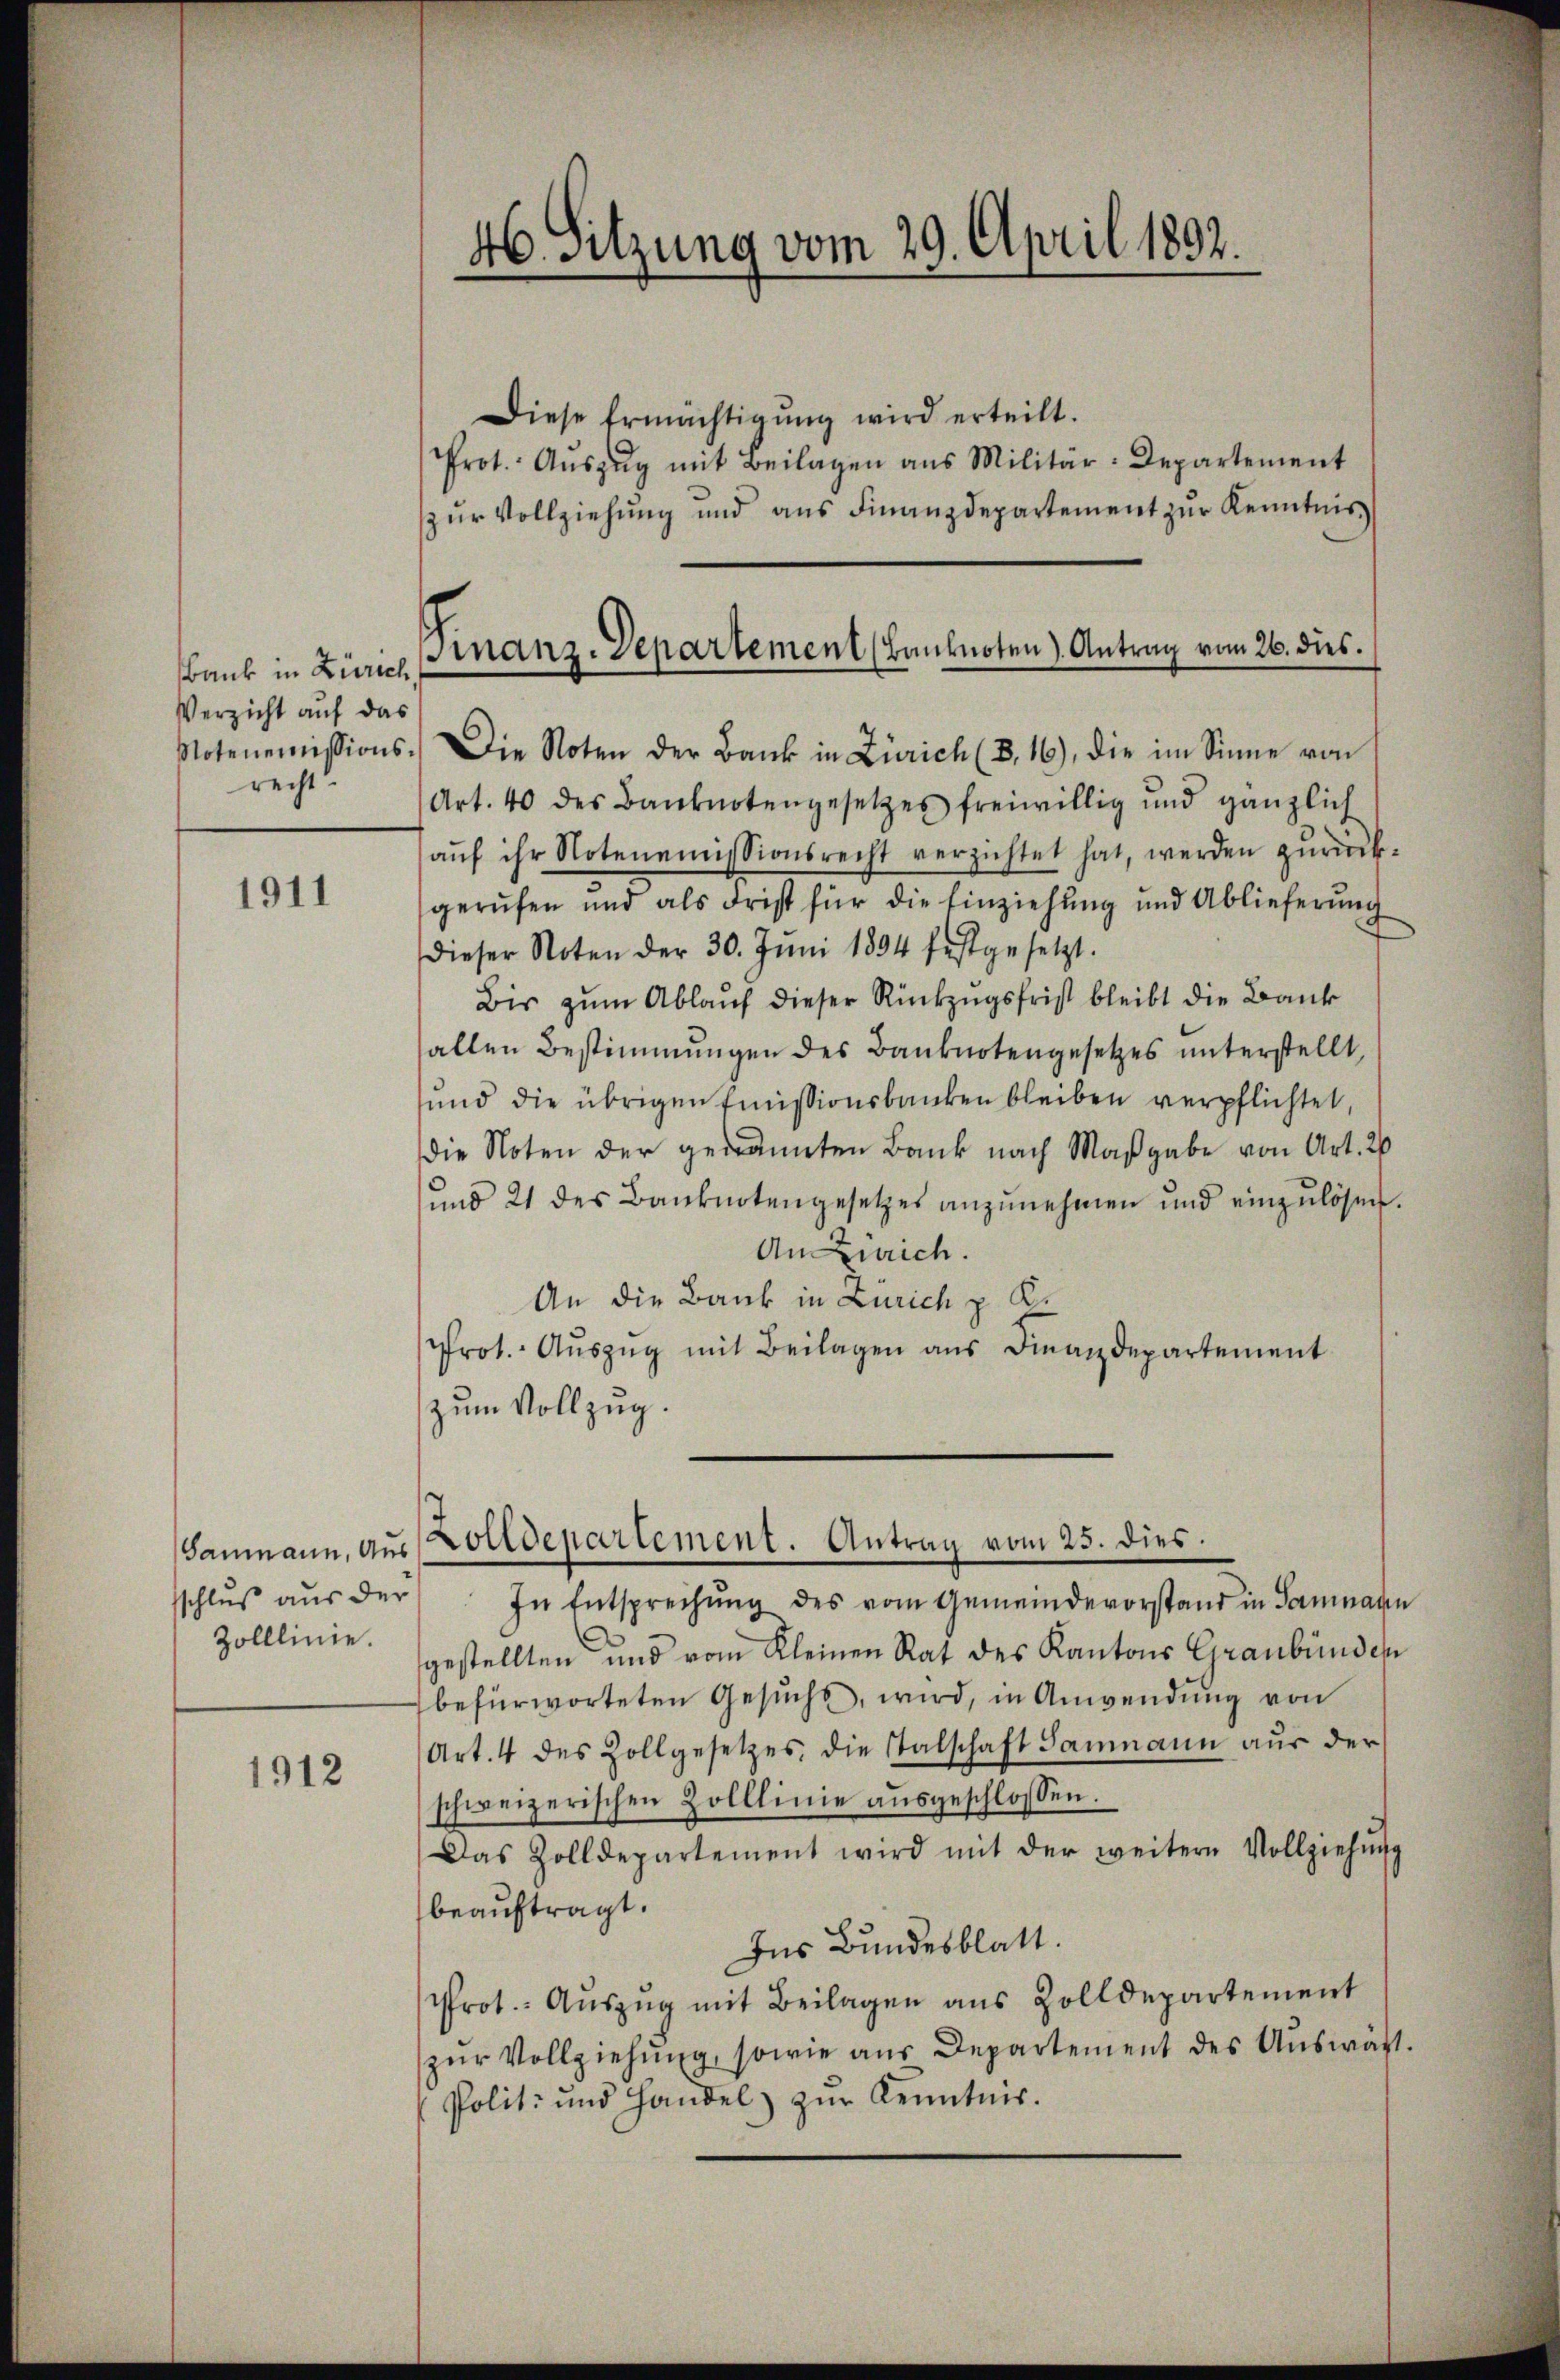
Bank in Zürich
Verzicht auf das
Notenemissionsrecht

1911

Saumann, Aus
sschluß aus der
Zolllinie.

1912

46. Sitzung vom 29. April 1892.

Diese Ermächtigŭng wird erteilt.
Prot. Aŭszŭg mit Beilagen ans Militär-Departement
zŭr Vollziehŭng und ans Finanzdepartement zŭr Kenntnis
Die Noten der Bank in Zürich (B.16), die im Sinne von
Art. 40 des Banknotengesetzes freiwillig und gänzlich
aŭf ihr Notenemissionsrecht verzichtet hat werden zŭrück-
gerufen und als Frist für die Einziehung und Ablieferung
Dieser Noten der 30. Jŭni 1894 festgesetzt.
Bis zum Ablauf dieser Rückzugsfrist bleibt die Bank
allen Bestimmungen des Banknotengesetzes unterstellt,
und die übrigen Emissionsbanken bleiben verpflichtet,
die Noten der genannten Bank nach Maßgabe von Art. 20
und 21 des Banknotengesetzes anzŭnehmen und einzulösen.
An Zürich.
An die Bank in Zürich z. K.
Prot. Aŭszŭg mit Beilagen ans Finanzdepartement
zum Vollzug.
Zolldepartement. Antrag vom 25. dies.
In Entsprechŭng des vom Gemeindevorstand in Samnaten
gestellten und vom Kleinen Rat des Kantons Graubünden
befürworteten Gesŭche, wird, in Anwendung von
Art. 4 des Zollgesetzes, die Talschaft Sammann aus der
schweizerischen Zolllinie aŭsgeschlossen.
Das Zolldepartement wird mit der weitere Vollziehŭng
beauftragt.
Ins Bundesblatt.
Prot. Aŭszŭg mit Beilagen aus Zolldepartement
zur Vollziehung, sowie aus Departement des Auswärt
Polit- und Handel zŭr Kenntnis.

Finanz-Departement (Banknoten) Antrag vom 26. dies.